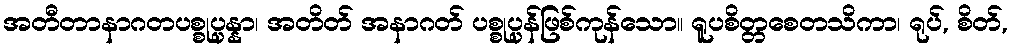
အတီတာနာဂတပစ္စုပ္ပန္နာ၊ အတိတ် အနာဂတ် ပစ္စုပ္ပန်ဖြစ်ကုန်သော။ ရူပစိတ္တစေတသိကာ၊ ရုပ်, စိတ်,